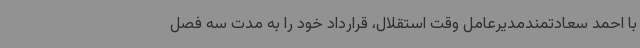
با احمد سعادتمندمدیرعامل وقت استقلال، قرارداد خود را به مدت سه فصل